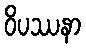
ဝိပဿနာ